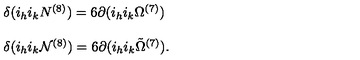
\begin{array} { r c l } { } & { } & { \delta ( i _ { h } i _ { k } N ^ { ( 8 ) } ) = 6 \partial ( i _ { h } i _ { k } \Omega ^ { ( 7 ) } ) } \\ { } & { } & { } \\ { } & { } & { \delta ( i _ { h } i _ { k } { \cal N } ^ { ( 8 ) } ) = 6 \partial ( i _ { h } i _ { k } { \tilde { \Omega } } ^ { ( 7 ) } ) . } \\ \end{array}